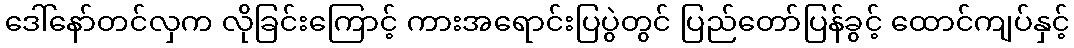
ဒေါ်နော်တင်လှက လိုခြင်းကြောင့် ကားအရောင်းပြပွဲတွင် ပြည်တော်ပြန်ခွင့် ထောင်ကျပ်နှင့်